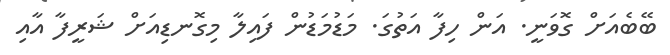
ބޭބެއަށް ގޮވަނީ. އަން ހިފާ އަތުގަ. މަޑުމަޑުން ފައިލާ މިގޮނޑިއަށް ޝަރީފާ އާއި